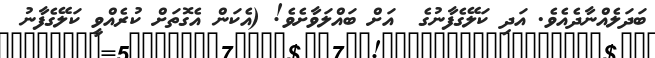
ބަދަލެއްނާދެއެވެ. އަދި ކަލޭގެފާނުގެ  އަށް ބައްލަވާށެވެ! (އެކަން އެގޮތަށް ކުރެއްވީ ކަލޭގެފާނު